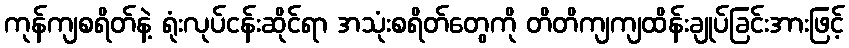
ကုန်ကျစရိတ်နဲ့ ရုံးလုပ်ငန်းဆိုင်ရာ အသုံးစရိတ်တွေကို တိတိကျကျထိန်းချုပ်ခြင်းအားဖြင့်